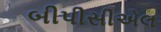
બીપીસીએલ